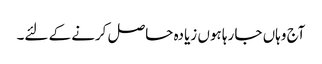
آج وہاں جا رہا ہوں زیادہ حاصل کرنے کے لئے۔